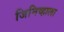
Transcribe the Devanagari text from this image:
जिनिव्हाला